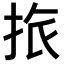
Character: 𢬜